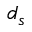
d _ { s }